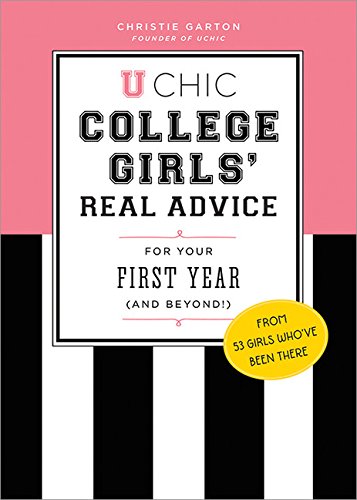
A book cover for U Chic: College Girls' Real Advice for Your First Year (and Beyond!); Christie Garton; Education & Teaching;